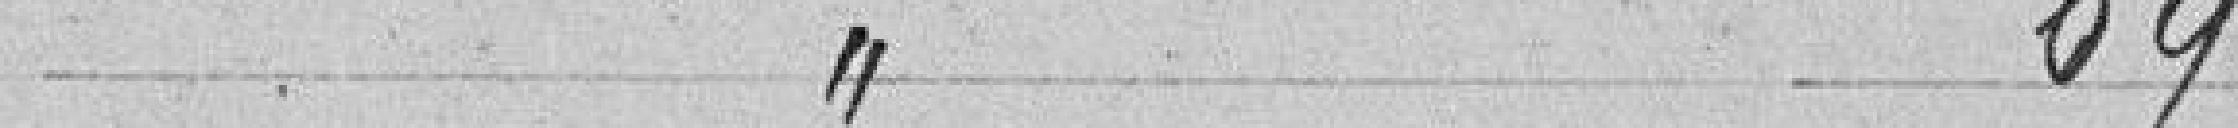
69